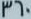
360